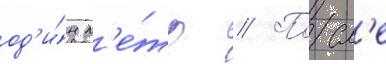
од'и́н м'е́тр // Посл'е